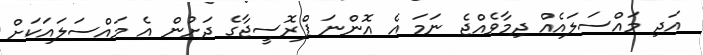
އަދި މައްސަލައެއް ދިމާވެއްޖެ ނަމަ އެ އޮންނަ ޕްރޮސީޖާގެ ދަށުން އެ މައްސަލައަަކަށް